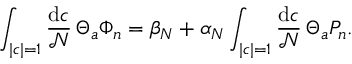
\int _ { | c | = 1 } { \frac { \mathrm { d } c } { \mathcal { N } } } \, \Theta _ { a } \Phi _ { n } = \beta _ { N } + \alpha _ { N } \int _ { | c | = 1 } { \frac { \mathrm { d } c } { \mathcal { N } } } \, \Theta _ { a } P _ { n } .